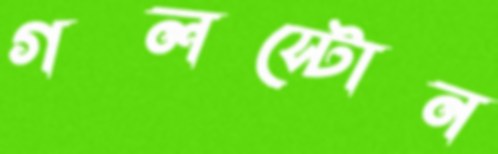
গলস্টোন